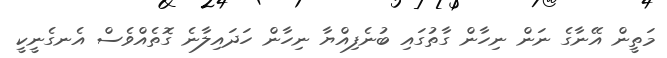
މަތީން އޭނާގެ ނަން ނިހާން ގާތުގައި ބުނެފިއްޔާ ނިހާން ހަދައިލާނެ ގޮތެއްވެސް އެނގެނީކީ